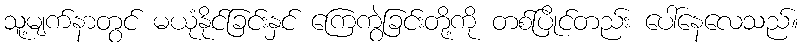
သူ့မျက်နာတွင် မယုံနိုင်ခြင်းနှင် ကြေကွဲခြင်းတို့ကို တစ်ပြိုင်တည်း ပေါ်နေလေသည်။